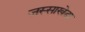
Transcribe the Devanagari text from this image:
जस्‍साखेडा